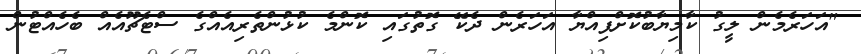
"އަހަރެމެން ލީގު ކާމިޔާބުކޮށްފިއްޔާ އަހަރެން ދެކޭ ގޮތުގައި ކޮންމެ ކުޅުންތެރިއެއްގެ ސްޓެޗޫއެއް ބެހެއްޓުން